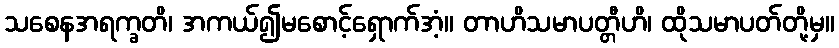
သစေနအရက္ခတိ၊ အကယ်၍မစောင့်ရှောက်အံ့။ တာဟိသမာပတ္တီဟိ၊ ထိုသမာပတ်တို့မှ။